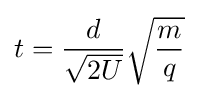
t={\frac {d}{\sqrt {2U}}}{\sqrt {\frac {m}{q}}}